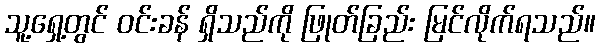
သူ့ရှေ့တွင် ဝင်းခန် ရှိသည်ကို ဖြုတ်ခြည်း မြင်လိုက်ရသည်။